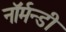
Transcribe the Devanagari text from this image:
नॉर्मन्डी